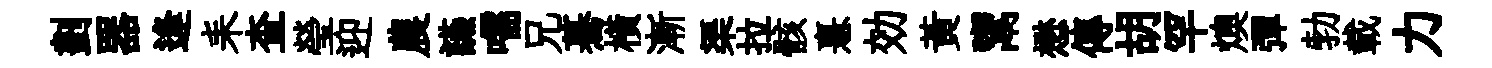
劃器逢耒查瑩迎農讌嚅兄驀橫漸渠拉骸憙効黄鬻懋傳胡罕燠彈勃載力